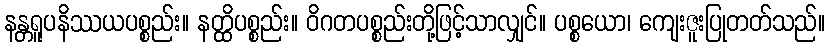
နန္တရူပနိဿယပစ္စည်း။ နတ္ထိပစ္စည်း။ ဝိဂတပစ္စည်းတို့ဖြင့်သာလျှင်။ ပစ္စယော၊ ကျေးဇူးပြုတတ်သည်။